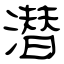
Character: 潜